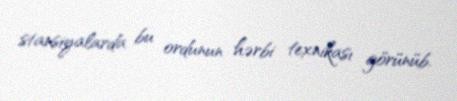
stansiyalarda bu ordunun hərbi texnikası görünüb.